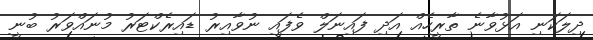
ދިލަކަނި އަޅުވާނެ ތާރީހެއް އަދި ފައިނަލް ވެފައި ނުވާއިރު ޑައިރެކްޓަރު މުނައްވަރު ބުނީ